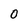
Character: 0